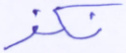
نكفر